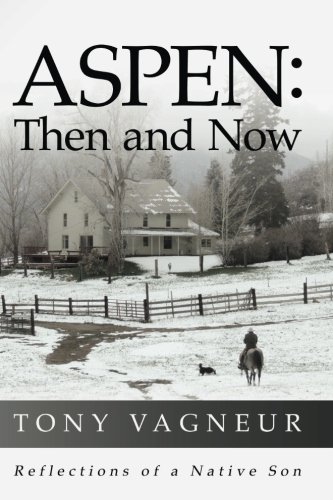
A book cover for Aspen: Then and Now: Reflections of a Native Son; Tony Vagneur; History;